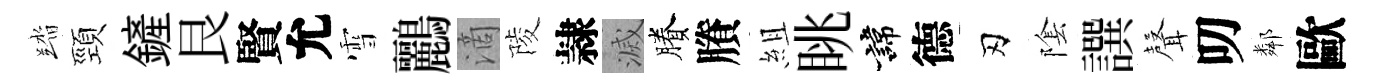
踏頸鏟艮賢允雪鸝滴陵隷滅賸賸組眺諱德刃隂譔𮋻叨鄰歐